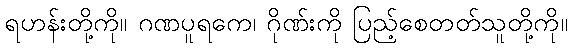
ရဟန်းတို့ကို။ ဂဏပူရကေ၊ ဂိုဏ်းကို ပြည့်စေတတ်သူတို့ကို။